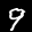
Label: 9